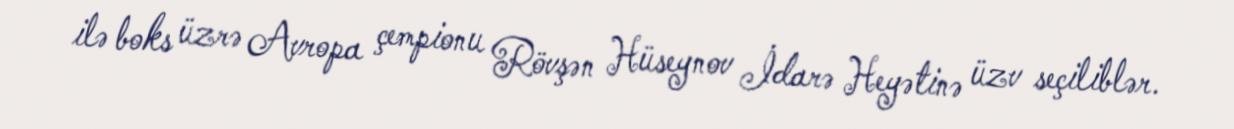
ilə boks üzrə Avropa çempionu Rövşən Hüseynov İdarə Heyətinə üzv seçiliblər.